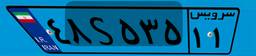
۵۲S۵۳۵۶۳